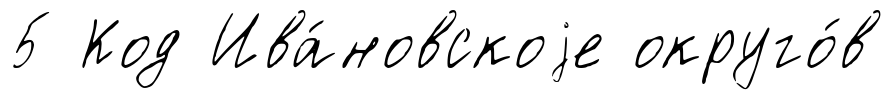
5 Код Ива́новскоjе округо́в